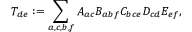
T _ { d e } : = \sum _ { a , c , b , f } A _ { a c } B _ { a b f } C _ { b c e } D _ { c d } E _ { e f } ,